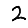
Digit: 2